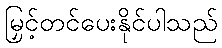
မြှင့်တင်ပေးနိုင်ပါသည်